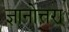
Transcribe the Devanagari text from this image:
ज्ञानोत्तरा